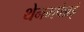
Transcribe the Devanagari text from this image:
थेनमपेन्नई